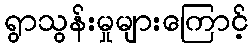
ရွာသွန်းမှုများကြောင့်